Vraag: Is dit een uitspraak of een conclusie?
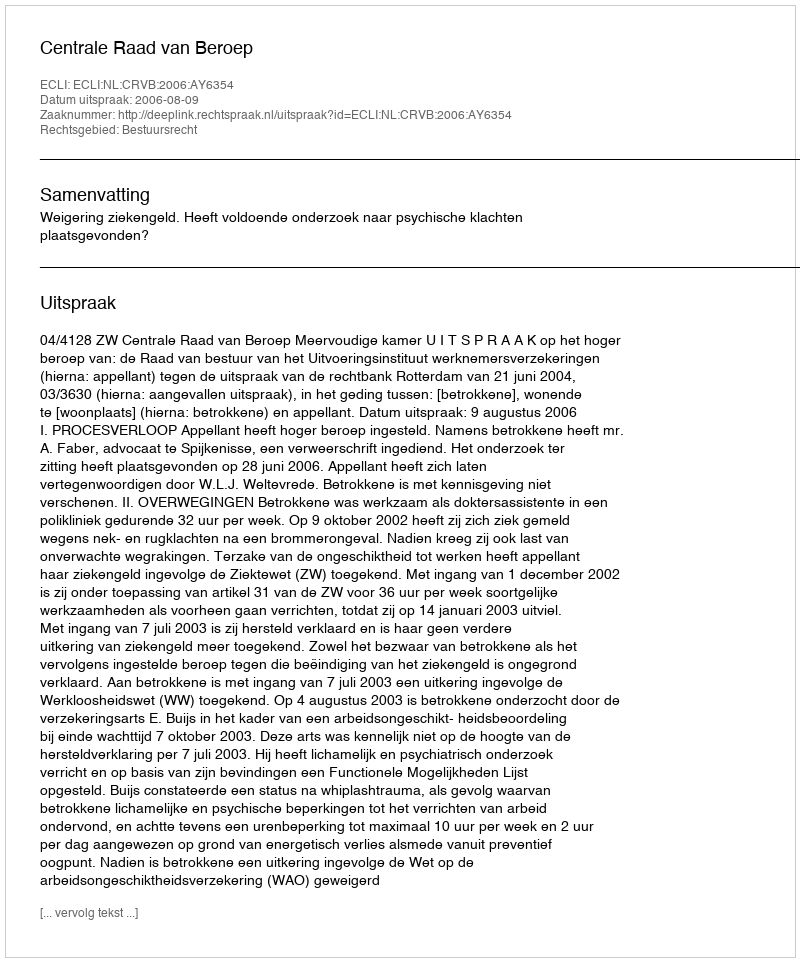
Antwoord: Uitspraak